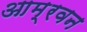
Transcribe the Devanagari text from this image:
आम्रवन